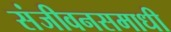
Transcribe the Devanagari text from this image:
संजीवनसमाधी